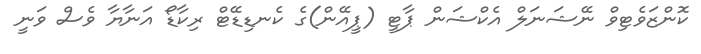
ކޮންޒަވެޓިވް ނޭޝަނަލް އެކްޝަން ޕާޓީ (ޕީއޭން)ގެ ކެނޑިޑޭޓް ރިކާޑޯ އަނާޔާ ވެސް ވަނީ